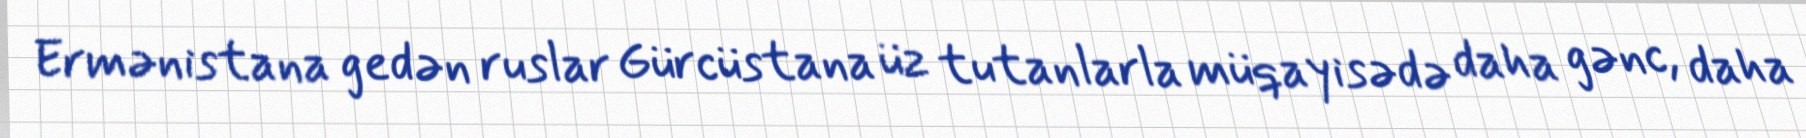
Ermənistana gedən ruslar Gürcüstana üz tutanlarla müqayisədə daha gənc, daha